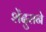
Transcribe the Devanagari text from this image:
शेंदुराने